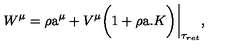
W ^ { \mu } = \rho \mathrm { \Large a } ^ { \mu } + V ^ { \mu } { \bigg ( } 1 + \rho \mathrm { \Large a } . { K } { \bigg ) } { \bigg | } _ { \tau _ { r e t } } ,